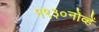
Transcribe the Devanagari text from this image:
१९३०नोव्हें